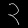
Digit: ၃